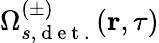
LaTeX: \Omega_{s,\mathrm{~d~e~t~.~}}^{(\pm)}(\textbf{r},\tau)